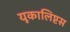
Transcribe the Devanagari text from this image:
यूकालिप्टस